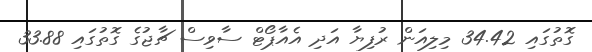
ގޮތުގައި 34.42 މިލިއަން ރުފިޔާ އަދި އެއާޕޯޓް ސާވިސް ޗާޖުގެ ގޮތުގައި 33.88